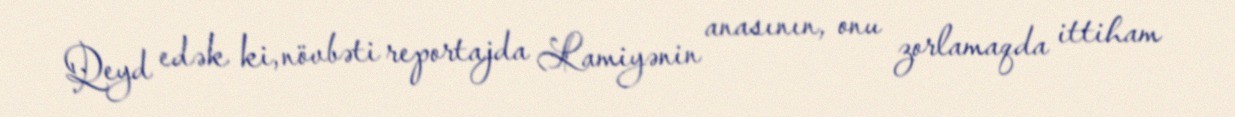
Qeyd edək ki, növbəti reportajda Lamiyənin anasının, onu zorlamaqda ittiham